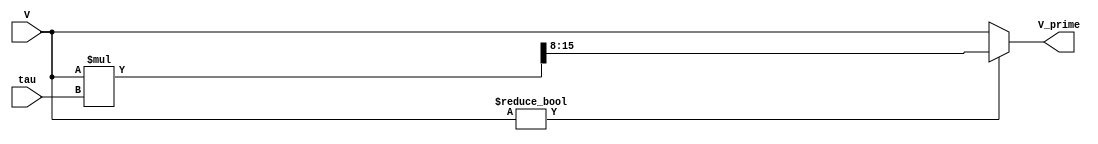
module decay( input [7:0] V, input [7:0] tau, output reg [7:0] V_prime);
    reg [15:0] mult;
    always @(V) begin
        if(V) begin
            mult = (V * tau);
            V_prime = mult >>> 8;
        end
        else begin
            V_prime = V;
        end
    end
endmodule